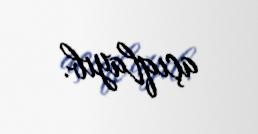
açıqlayıb.